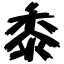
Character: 黍